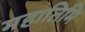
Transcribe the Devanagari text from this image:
महातिमि